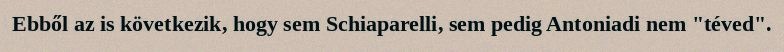
Ebből az is következik, hogy sem Schiaparelli, sem pedig Antoniadi nem "téved".